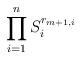
LaTeX: \begin{align*}\prod^{n}_{i=1}S^{r_{m+1,i}}_i\end{align*}